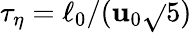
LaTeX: \tau_{\eta}=\ell_{0}/(\mathbf{u}_{0}\sqrt{}{{{5}}})